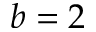
b = 2